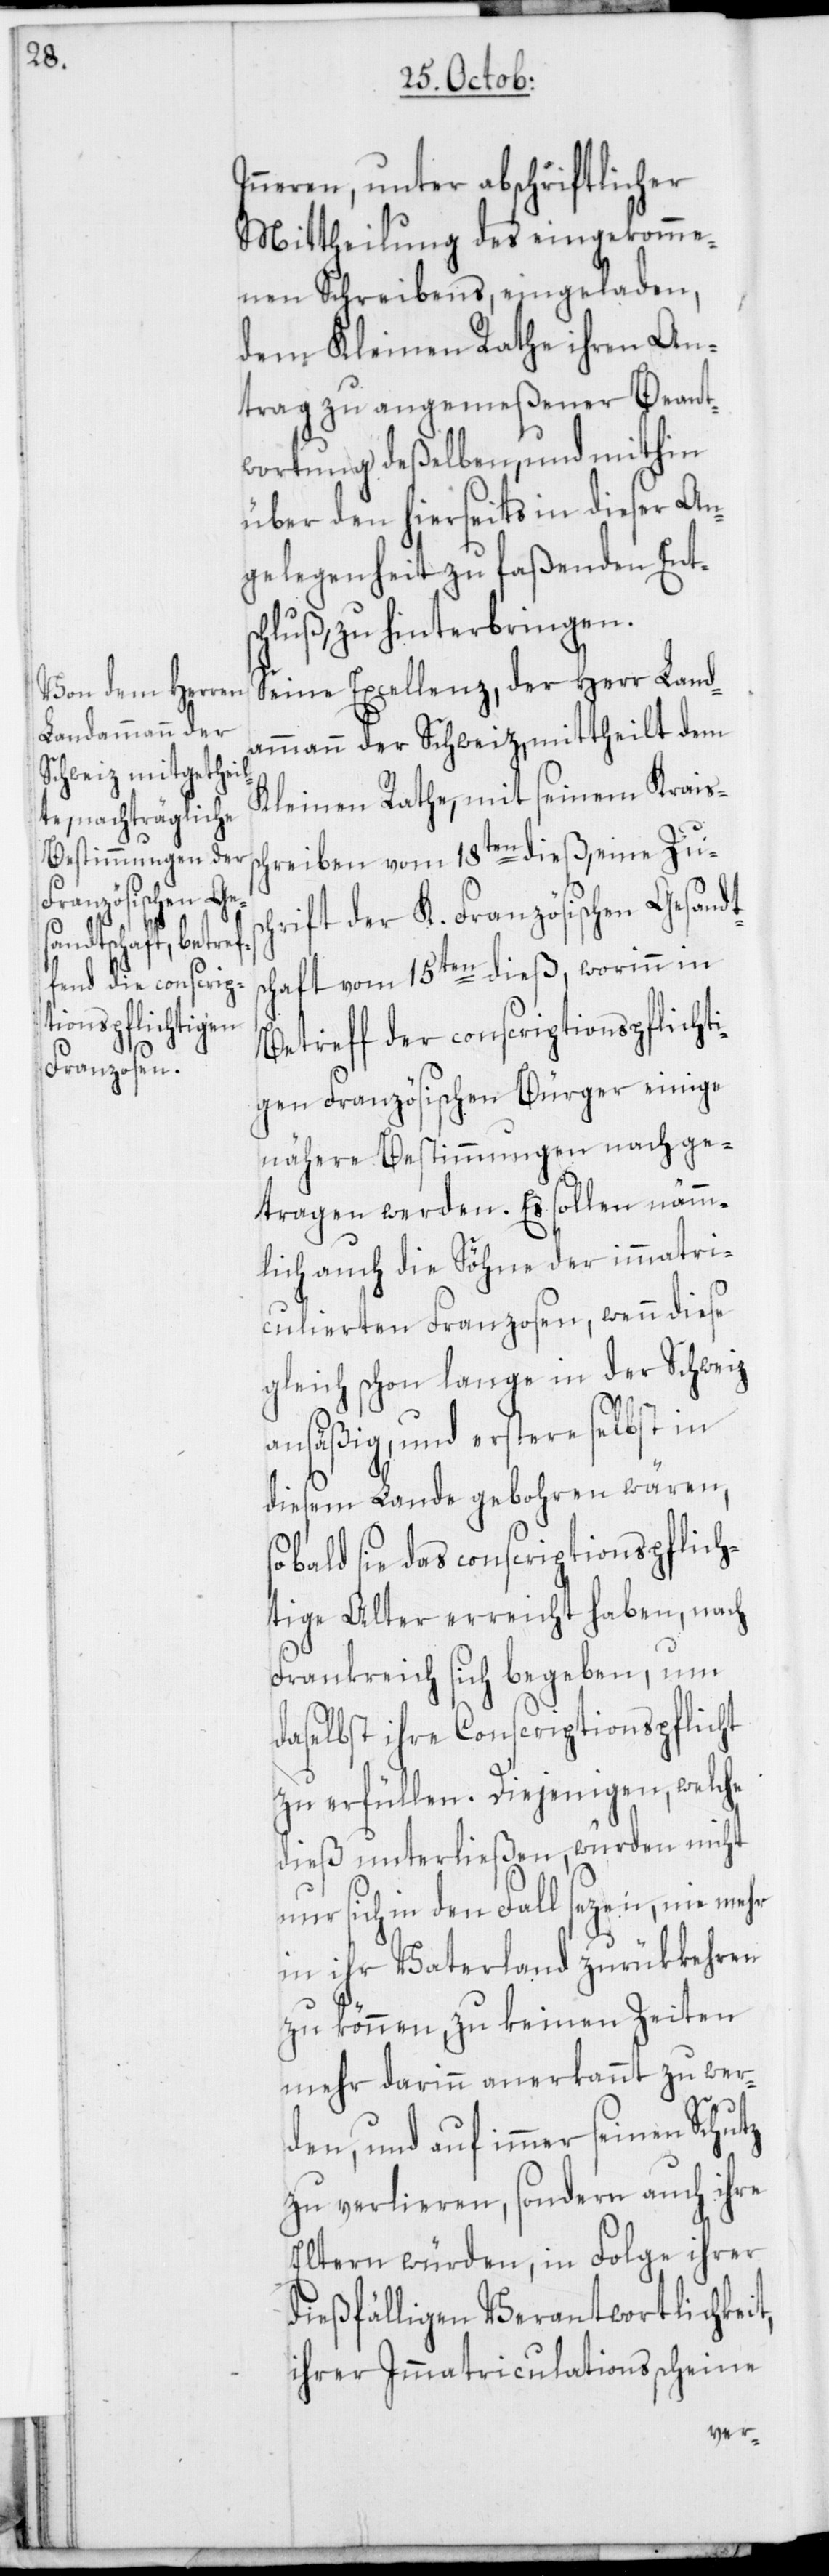
s¬
Inneren, unter abschriftlicher
Mittheilung des eingekomme¬
nen Schreibens, eingeladen,
dem Kleinen Rathe ihren An¬
trag zu angemeßener Beant¬
wortung deßelben, und mithin
über den hierseits in dieser An¬
gelegenheit zu faßenden Ents¬
chluß, zu hinterbringen.
Seine Excellenz, der Herr Land¬
ammann der Schweiz, mittheilt dem
Kleinen Rathe, mit seinem Krais¬
chreiben vom 18ten dieß, eine Zus¬
chrift der K. französischen Gesandt¬
schaft vom 15ten dieß, worinn in
Betreff der conscriptionspflichti¬
gen Französischen Bürger einige
nähere Bestimmungen nachge¬
tragen werden. Es sollen nämm¬
lich auch die Söhne der immatri¬
culierten Franzosen, wenn diese
gleich schon lange in der Schweiz
ansäßig, und erstere selbst in
diesem Lande gebohren wären,
sobald sie das conscriptionspflich¬
tige Alter erreicht haben, nach
Frankreich sich begeben, um
daselbst ihre Conscriptionspflicht
zu erfüllen. Diejenigen, welche
dieß unterließen, würden nicht
nur sich in den Fall sezen, nie mehr
in ihr Vaterland zurükkehren
zu können, zu keinen Zeiten
mehr darinn anerkannt zu wer¬
den, und auf immer seinen Schutz
zu verlieren, sondern auch ihre
Eltern würden, in Folge ihrer
dießfälligen Verantwortlichkeit,
ihrer Immatriculationsscheine